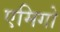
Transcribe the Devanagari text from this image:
एमिगो